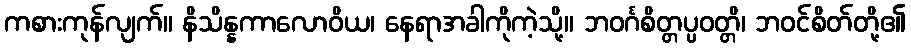
ကစားကုန်လျက်။ နိသိန္နကာလောဝိယ၊ နေရာအခါကိုကဲ့သို့။ ဘဝင်္ဂစိတ္တပ္ပဝတ္တိ၊ ဘဝင်စိတ်တို့၏